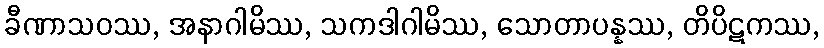
ခီဏာသဝဿ, အနာဂါမိဿ, သကဒါဂါမိဿ, သောတာပန္နဿ, တိပိဋကဿ,